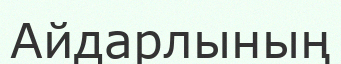
Айдарлының